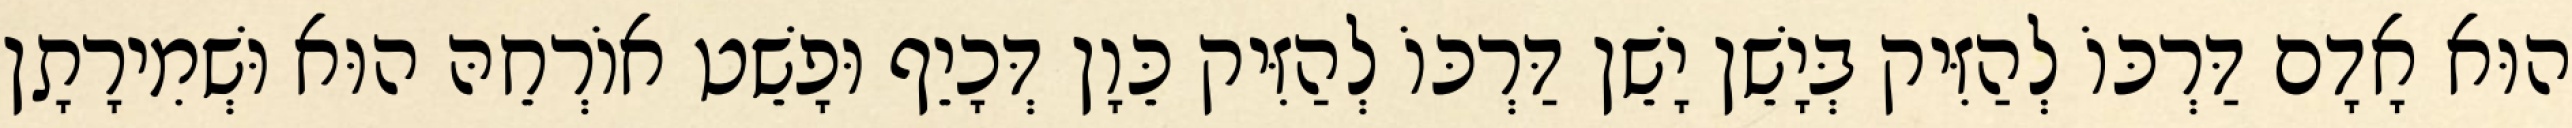
הוּא אָדָם דַּרְכּוֹ לְהַזִּיק בְּיָשֵׁן יָשֵׁן דַּרְכּוֹ לְהַזִּיק כֵּוָן דְּכָיֵף וּפָשֵׁט אוֹרְחֵהּ הוּא וּשְׁמִירָתָן